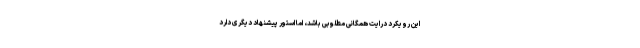
این رویکرد درایت همگانیِ مطلوبی باشد، اما استور پیشنهاد دیگری دارد